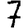
Digit: 7